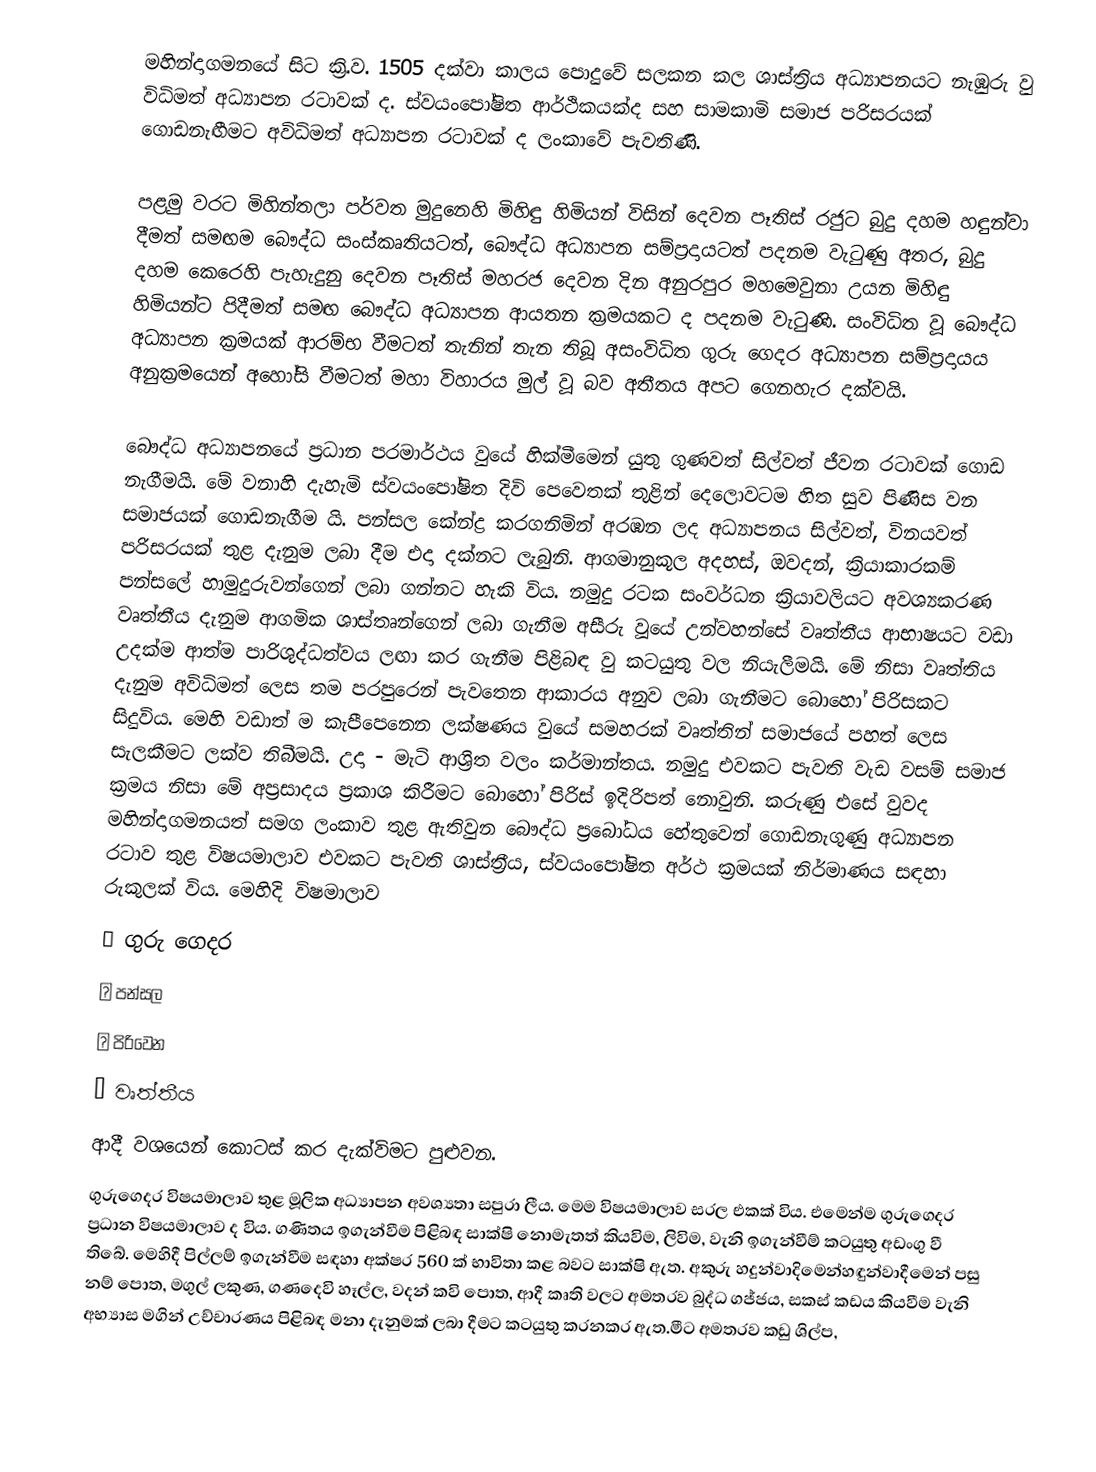
මහින්දාගමනයේ සිට ක්‍රි.ව. 1505 දක්වා කාලය පොදුවේ සලකන කල ශාස්ත්‍රිය අධ්‍යාපනයට නැඹුරු වු විධිමත් අධ්‍යාපන රටාවක් ද. ස්වයංපෝෂිත ආර්ථිකයක්ද සහ සාමකාමි සමාජ පරිසරයක් ගොඩනැඟීමට අවිධිමත් අධ්‍යාපන රටාවක් ද ලංකාවේ පැවතිණි.

පළමු වරට මිහින්තලා පර්වත මුදුනෙහි මිහිඳු හිමියන් විසින් දෙවන පෑතිස් රජුට බුදු දහම හඳුන්වා දීමත් සමඟම බෞද්ධ සංස්කෘතියටත්, බෞද්ධ අධ්‍යාපන සම්ප්‍රදායටත් පදනම වැටුණු අතර, බුදු දහම කෙරෙහි පැහැදුනු දෙවන පෑතිස් මහරජ දෙවන දින අනුරපුර මහමෙවුනා උයන මිහිඳු හිමියන්ට පිදීමත් සමඟ බෞද්ධ අධ්‍යාපන ආයතන ක්‍රමයකට ද පදනම වැටුණි.  සංවිධිත වූ  බෞද්ධ අධ්‍යාපන ක්‍රමයක් ආරම්භ වීමටත් තැනින් තැන තිබූ අසංවිධිත ගුරු ගෙදර අධ්‍යාපන සම්ප්‍රදායය අනුක්‍රමයෙන් අහෝසි වීමටත් මහා විහාරය මුල් වූ බව අතීතය අපට ගෙනහැර දක්වයි.

බෞද්ධ අධ්‍යාපනයේ ප්‍රධාන පරමාර්ථය වුයේ හික්මීමෙන් යුතු ගුණවත් සිල්වත් ජීවන රටාවක් ගොඩ නැගීමයි. මේ වනාහි දැහැමි  ස්වයංපෝෂිත දිවි  පෙවෙතක් තුළින්  දෙලොවටම හිත සුව පිණිස වන සමාජයක් ගොඩනැගීම යි. පන්සල කේන්ද්‍ර කරගනිමින් අරඹන ලද අධ්‍යාපනය සිල්වත්, විනයවත්  පරිසරයක් තුළ දැනුම ලබා දීම එදා දක්නට ලැබුනි.  ආගමානුකූල අදහස්, ඔවදන්, ක්‍රියාකාරකම් පන්සලේ හාමුදුරුවන්ගෙන් ලබා ගන්නට හැකි විය.  නමුදු රටක සංවර්ධන ක්‍රියාවලියට අවශ්‍යකරණ වෘත්තීය දැනුම ආගමික ශාස්තෘන්ගෙන් ලබා ගැනීම අසීරු වූයේ උන්වහන්සේ වෘත්තීය ආභාෂයට  වඩා උදක්ම ආත්ම පාරිශුද්ධත්වය ලඟා කර ගැනීම පිළිබඳ වු කටයුතු වල නියැලීමයි. මේ නිසා වෘත්තිය දැනුම අවිධිමත් ලෙස තම පර‍පුරෙන් පැවතෙන ආකාරය අනුව ලබා ගැනීමට බොහෝ පිරිසකට සිදුවිය. මෙහි වඩාත් ම කැපීපෙනෙන ලක්ෂණය වුයේ සමහරක් වෘත්තින් සමාජයේ පහත් ලෙස සැලකීමට ලක්ව තිබීමයි. උදා - මැටි ආශ්‍රිත වලං කර්මාන්තය. නමුදු එවකට පැවති වැඩ වසම් සමාජ ක්‍රමය නිසා මේ අප්‍රසාදය ප්‍රකාශ කිරීමට බොහෝ පිරිස් ඉදිරිපත් නොවුනි. කරුණු  එසේ වුවද මහින්දාගමනයත් සමග ලංකාව තුළ ඇතිවුන බෞද්ධ ප්‍රබෝධය හේතුවෙන් ගොඩනැගුණු අධ්‍යාපන රටාව තුළ විෂයමාලාව එවකට පැවති ශාස්ත්‍රීය, ස්වයංපෝෂිත අර්ථ ක්‍රමයක් නිර්මාණය සඳහා රුකුලක් විය. මෙහිදි විෂමාලාව
	ගුරු ගෙදර
	පන්සල
	පිරිවෙන
	වෘත්තීය
ආදී වශයෙන් කොටස් කර දැක්විමට පුළුවන.
ගුරුගෙදර විෂයමාලාව තුළ මූලික අධ්‍යාපන අවශ්‍යතා සපුරා ලීය. මෙම විෂයමාලාව සරල එකක් විය. එමෙන්ම ගුරුගෙදර ප්‍රධාන විෂයමාලාව ද විය. ගණිතය ඉගැන්වීම පිළිබඳ සාක්ෂි නොමැතත්  කියවිම, ලිවිම, වැනි ඉගැන්වීම් කටයුතු අඩංගු වී තිබේ. මෙහිදී පිල්ලම් ඉගැන්වීම සඳහා අක්ෂර 560 ක් භාවිතා කළ බවට සාක්ෂි ඇත. අකුරු හදුන්වා‍දිමෙන්හඳුන්වාදීමෙන් පසු නම් පොත, මගුල් ලකුණ, ගණදෙවි හෑල්ල, වදන් ‍කවි පොත, ආදී කෘති වලට අමතරව බුද්ධ ගජ්ජය, සකස් කඩය කියවීම වැනි අභ්‍යාස මගින් උච්චාරණය පිළිබඳ මනා දැනුමක් ලබා දීමට කටයුතු කරනකර ඇත.මීට අමතරව කඩු ශිල්ප,